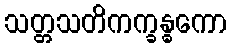
သတ္တသတိကက္ခန္ဓကော